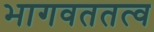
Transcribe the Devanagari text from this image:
भागवततत्व